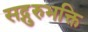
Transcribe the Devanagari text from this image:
सद्गुरुभक्ति